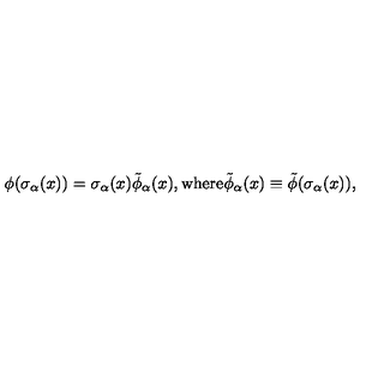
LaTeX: \phi ( \sigma _ { \alpha } ( x ) ) = \sigma _ { \alpha } ( x ) \tilde { \phi } _ { \alpha } ( x ) , \mathrm { w h e r e } \tilde { \phi } _ { \alpha } ( x ) \equiv \tilde { \phi } ( \sigma _ { \alpha } ( x ) ) ,